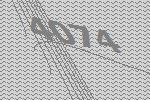
4074